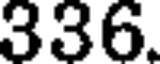
336.